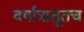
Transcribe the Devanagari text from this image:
वर्षाऋतूतच